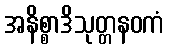
အနိစ္စာဒိသုတ္တနဝကံ